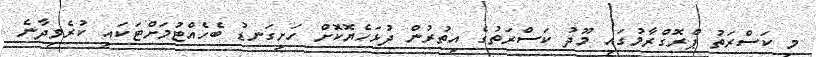
މި ކަސްރަތު ޕްރޮގްރާމުގައި މޫދު ކަސްރަތުގެ އިތުރުން ދުޅަހެޔޮކޮށް ހަށިގަނޑު ބެެހެއްޓުމަށްޓަކައި ކުރެވިދާނެ